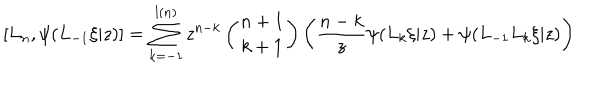
{ [ } L _ { n } , \psi ( L _ { - 1 } \xi | z ) { ] } = \sum _ { k = - 1 } ^ { l ( n ) } z ^ { n - k } \left( { n + 1 \atop k + 1 } \right) \left( \frac { n - k } { z } \psi ( L _ { k } \xi | z ) + \psi ( L _ { - 1 } L _ { k } \xi | z ) \right)